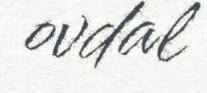
ovdal